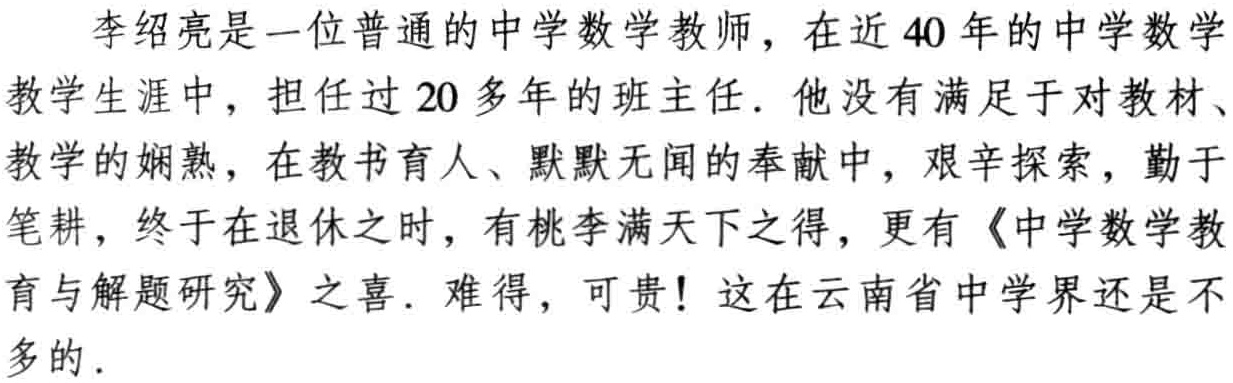
李绍亮是一位普通的中学数学教师，在近40年的中学数学教学生涯中，担任过20多年的班主任．他没有满足于对教材、教学的娴熟，在教书育人、默默无闻的奉献中，艰辛探索，勤于笔耕，终于在退休之时，有桃李满天下之得，更有《中学数学教育与解题研究》之喜．难得，可贵！这在云南省中学界还是不多的．